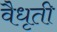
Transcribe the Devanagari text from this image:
वैधृती